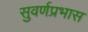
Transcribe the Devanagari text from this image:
सुवर्णप्रभास